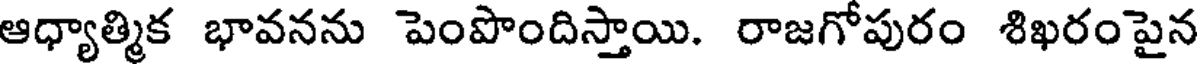
ఆధ్యాత్మిక భావనను పెంపొందిస్తాయి. రాజగోపురం శిఖరంపైన